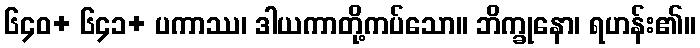
၆၄၀+ ၆၄၁+ ပကာဿ၊ ဒါယကာတို့ကပ်သော။ ဘိက္ခုနော၊ ရဟန်း၏။